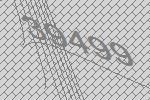
39499